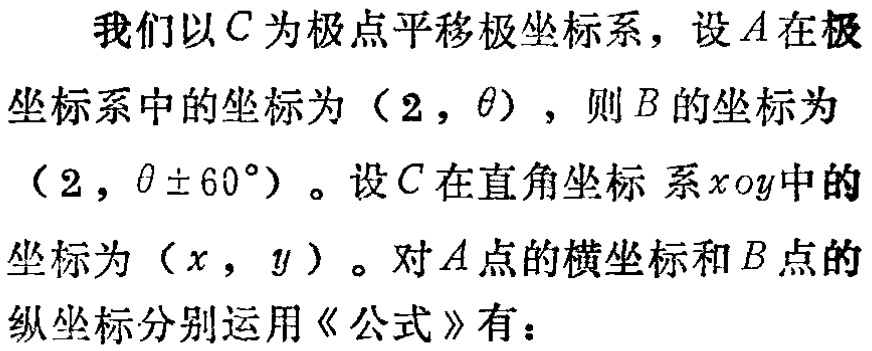
我们以\(C\)为极点平移极坐标系，设\(A\)在极坐标系中的坐标为\((2,\theta)\)，则\(B\)的坐标为\((2,\theta\pm60^{\circ})\)。设\(C\)在直角坐标系\(xoy\)中的坐标为\((x,y)\)。对\(A\)点的横坐标和\(B\)点的纵坐标分别运用《公式》有：